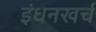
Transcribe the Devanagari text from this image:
इंधनखर्च